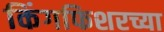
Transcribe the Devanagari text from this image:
किंगफिशरच्या